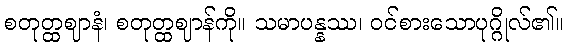
စတုတ္ထဈာနံ၊ စတုတ္ထဈာန်ကို။ သမာပန္နဿ၊ ဝင်စားသောပုဂ္ဂိုလ်၏။